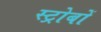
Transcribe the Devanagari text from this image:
स्ट्रोबों